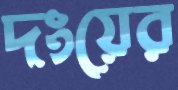
দংয়ের